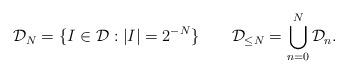
LaTeX: \begin{align*} \mathcal{D}_N = \{I\in\mathcal{D} : |I|=2^{-N}\} \qquad \mathcal{D}_{\leq N} = \bigcup_{n=0}^N\mathcal{D}_n.\end{align*}